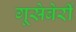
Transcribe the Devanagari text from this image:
गूसेबेर्री